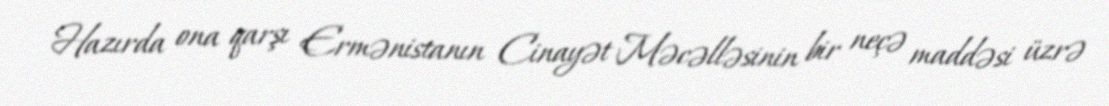
Hazırda ona qarşı Ermənistanın Cinayət Məcəlləsinin bir neçə maddəsi üzrə